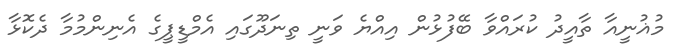
މުޣުނީއާ ތާއީދު ކުރައްވާ ބޭފުޅުން އިއްޔެ ވަނީ ތިނަދޫގައި އެމްޑީޕީގެ އެނިންމުމާ ދެކޮޅާ